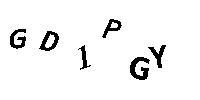
GD1PGY